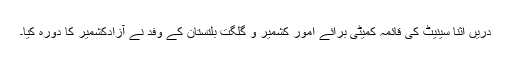
دریں اثنا سینیٹ کی قائمہ کمیٹی برائے امور کشمیر و گلگت بلتستان کے وفد نے آزادکشمیر کا دورہ کیا۔